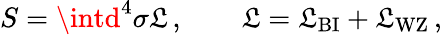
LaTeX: S=\intd^{4}\sigma{\cal\mathfrak{L}}\, ,\qquad{\cal\mathfrak{L}}={\cal\mathfrak{L}}_{\mathrm{{BI}}}+{\cal\mathfrak{L}}_{\mathrm{{WZ}}}\, ,